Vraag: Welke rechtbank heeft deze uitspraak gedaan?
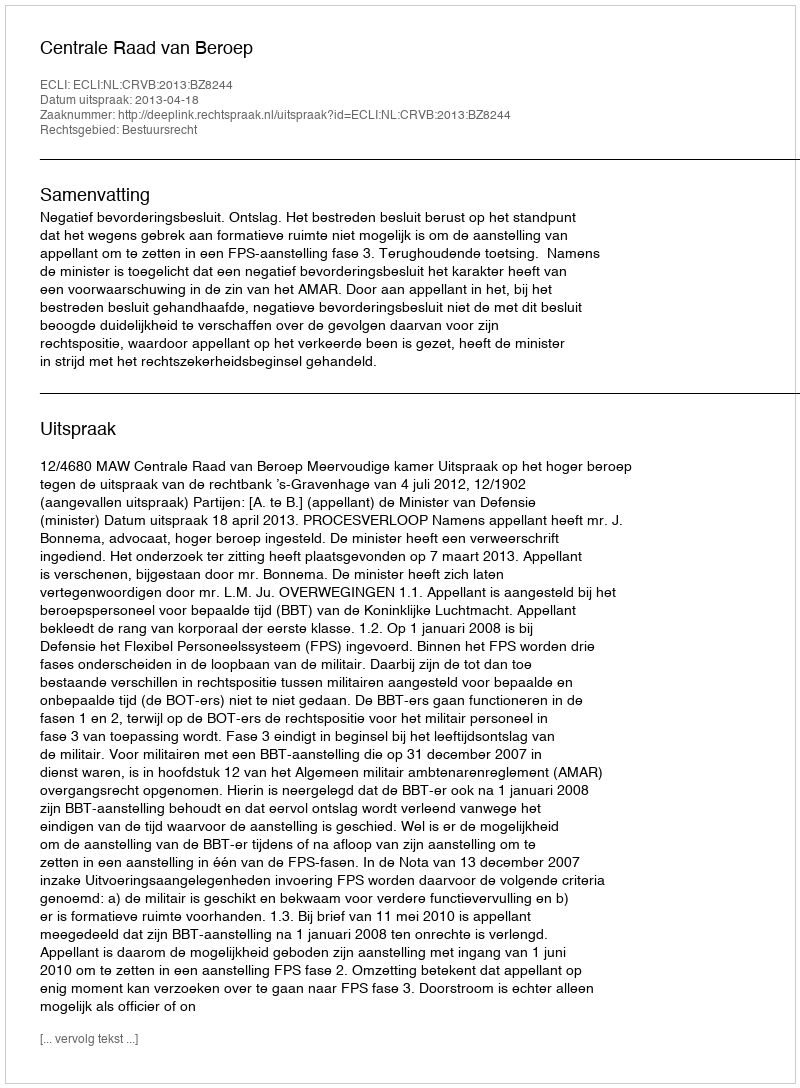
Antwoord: Centrale Raad van Beroep